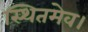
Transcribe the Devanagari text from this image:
स्थितमेव।